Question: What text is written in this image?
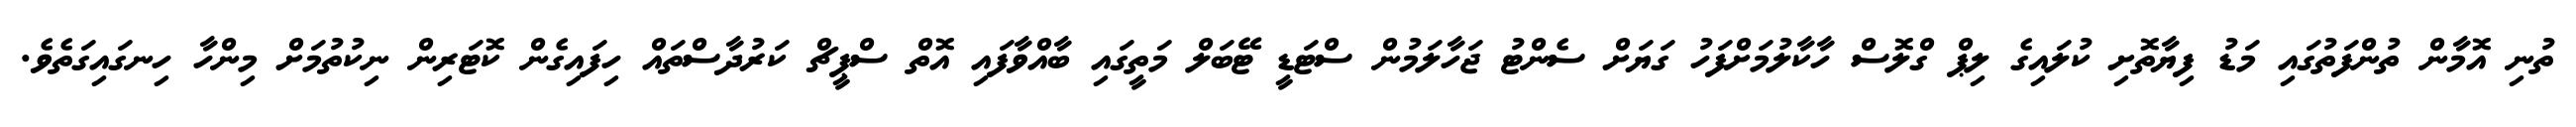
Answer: ތުނި އޮމާން ތުންފަތުގައި މަޑު ފިޔާތޮށި ކުލައިގެ ލިޕް ގްލޮސް ހާކާލުމަށްފަހު ގަޔަށް ސެންޓު ޖަހާލަމުން ސްޓަޑީ ޓޭބަލް މަތީގައި ބާއްވާފައި އޮތް ސްޕީޗް ކަރުދާސްތައް ހިފައިގެން ކޮޓަރިން ނިކުތުމަށް މިންހާ ހިނގައިގަތެވެ.